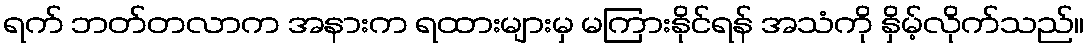
ရက် ဘတ်တလာက အနားက ရထားများမှ မကြားနိုင်ရန် အသံကို နှိမ့်လိုက်သည်။